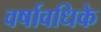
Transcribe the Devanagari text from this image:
वर्षावधिके